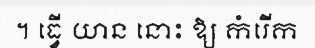
។ ធ្វើ យាន នោះ ឱ្យ កំរើក